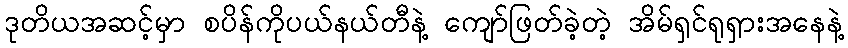
ဒုတိယအဆင့်မှာ စပိန်ကိုပယ်နယ်တီနဲ့ ကျော်ဖြတ်ခဲ့တဲ့ အိမ်ရှင်ရုရှားအနေနဲ့